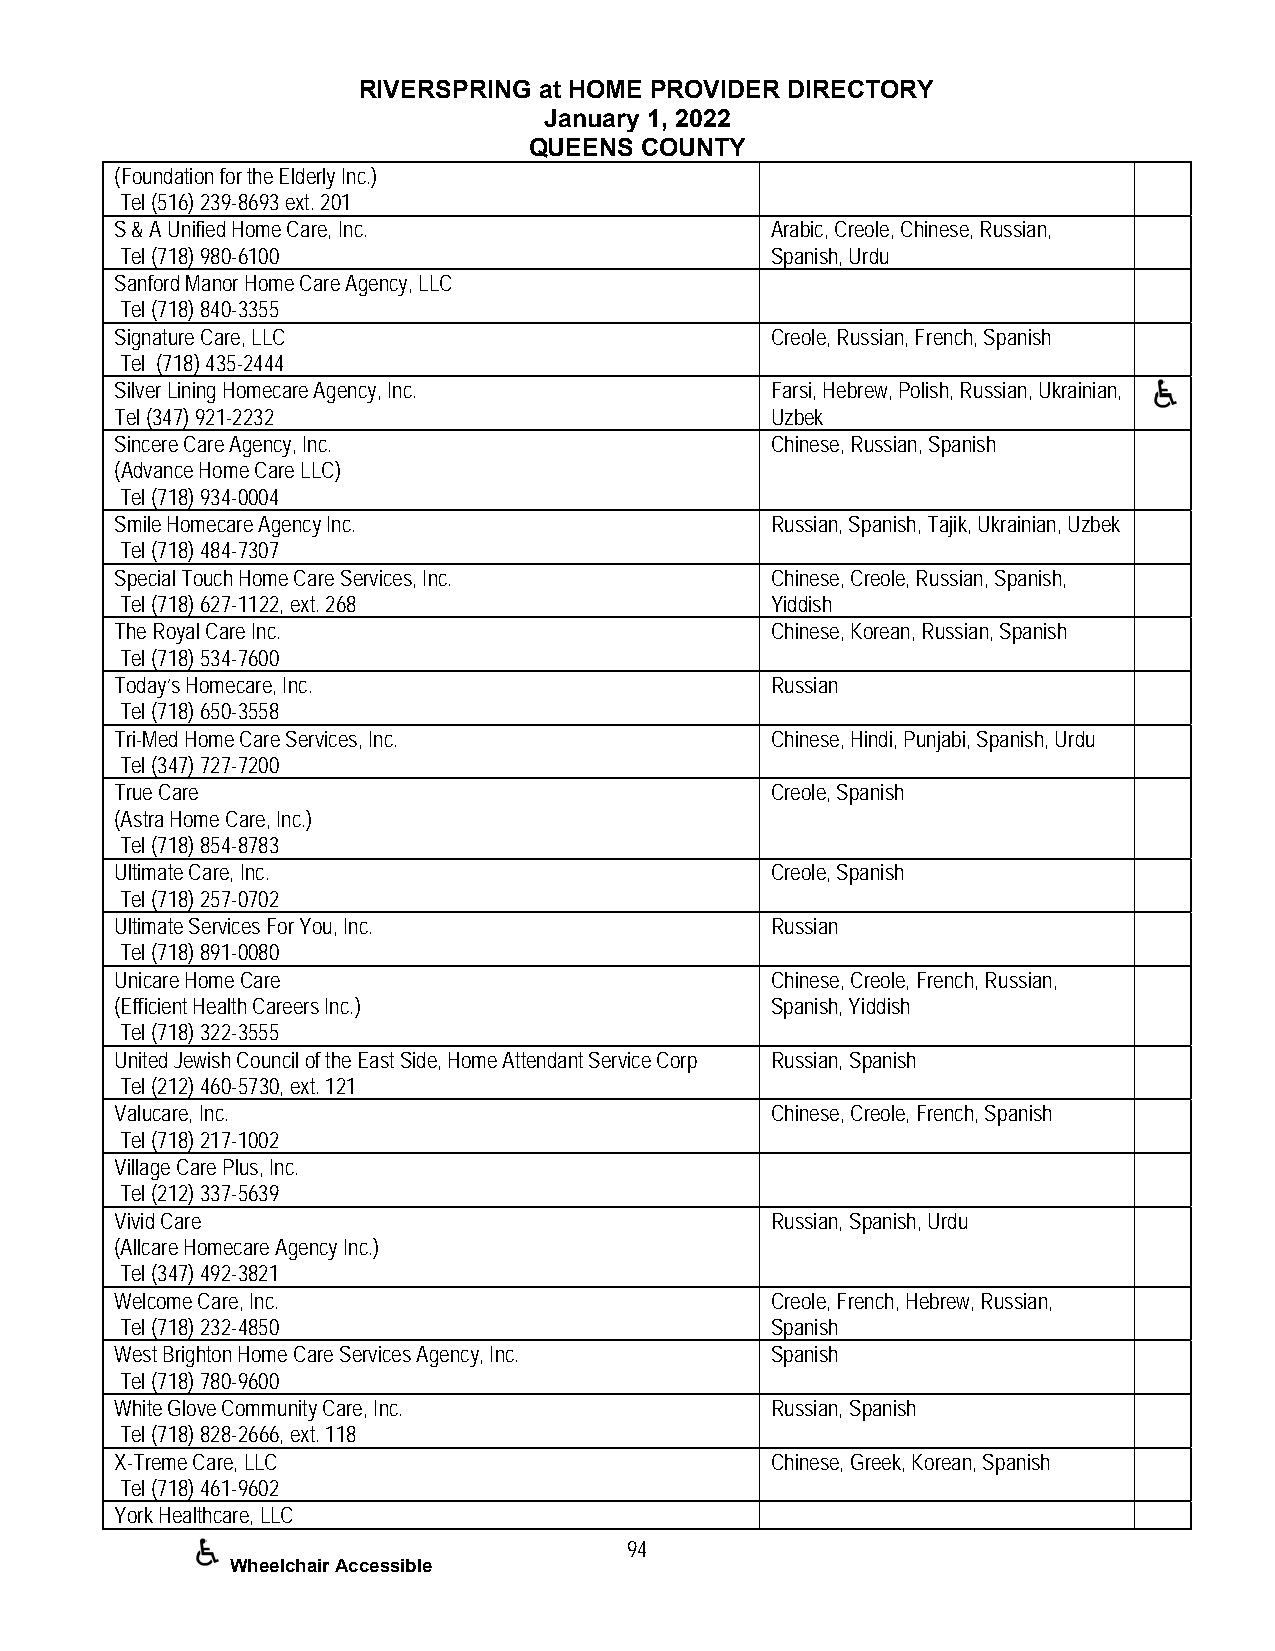
RIVERSPRING at HOME PROVIDER DIRECTORY
 January 1, 2022
 QUEENS COUNTY
 (Foundation for the Elderly Inc.)
 Tel (516) 239-8693 ext. 201
 S & A Unified Home Care, Inc.              Arabic, Creole, Chinese, Russian,
 Tel (718) 980-6100                         Spanish, Urdu
 Sanford Manor Home Care Agency, LLC
 Tel (718) 840-3355
 Signature Care, LLC                        Creole, Russian, French, Spanish
 Tel (718) 435-2444
 Silver Lining Homecare Agency, Inc.        Farsi, Hebrew, Polish, Russian, Ukrainian,
 Tel (347) 921-2232                         Uzbek
 Sincere Care Agency, Inc.                  Chinese, Russian, Spanish
 (Advance Home Care LLC)
 Tel (718) 934-0004
 Smile Homecare Agency Inc.                 Russian, Spanish, Tajik, Ukrainian, Uzbek
 Tel (718) 484-7307
 Special Touch Home Care Services, Inc.     Chinese, Creole, Russian, Spanish,
 Tel (718) 627-1122, ext. 268               Yiddish
 The Royal Care Inc.                        Chinese, Korean, Russian, Spanish
 Tel (718) 534-7600
 Today’s Homecare, Inc.                     Russian
 Tel (718) 650-3558
 Tri-Med Home Care Services, Inc.           Chinese, Hindi, Punjabi, Spanish, Urdu
 Tel (347) 727-7200
 True Care                                  Creole, Spanish
 (Astra Home Care, Inc.)
 Tel (718) 854-8783
 Ultimate Care, Inc.                        Creole, Spanish
 Tel (718) 257-0702
 Ultimate Services For You, Inc.            Russian
 Tel (718) 891-0080
 Unicare Home Care                          Chinese, Creole, French, Russian,
 (Efficient Health Careers Inc.)            Spanish, Yiddish
 Tel (718) 322-3555
 United Jewish Council of the East Side, Home Attendant Service Corp Russian, Spanish
 Tel (212) 460-5730, ext. 121
 Valucare, Inc.                             Chinese, Creole, French, Spanish
 Tel (718) 217-1002
 Village Care Plus, Inc.
 Tel (212) 337-5639
 Vivid Care                                 Russian, Spanish, Urdu
 (Allcare Homecare Agency Inc.)
 Tel (347) 492-3821
 Welcome Care, Inc.                         Creole, French, Hebrew, Russian,
 Tel (718) 232-4850                         Spanish
 West Brighton Home Care Services Agency, Inc. Spanish
 Tel (718) 780-9600
 White Glove Community Care, Inc.           Russian, Spanish
 Tel (718) 828-2666, ext. 118
 X-Treme Care, LLC                          Chinese, Greek, Korean, Spanish
 Tel (718) 461-9602
 York Healthcare, LLC
 94
 Wheelchair Accessible